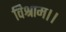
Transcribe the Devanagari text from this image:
विश्राम।।